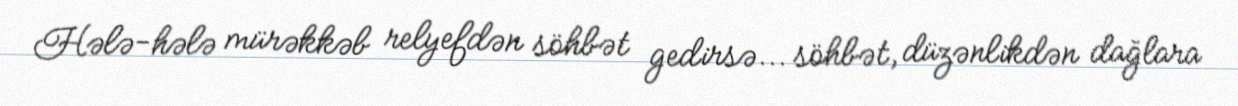
Hələ-hələ mürəkkəb relyefdən söhbət gedirsə... söhbət, düzənlikdən dağlara